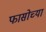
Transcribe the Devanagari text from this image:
फासोच्या